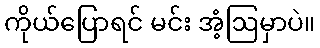
ကိုယ်ပြောရင် မင်း အံ့ဩမှာပဲ။